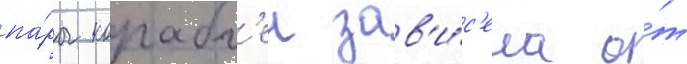
па́ры корабл'еи зав'и́с'ела о́т